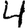
Digit: 4